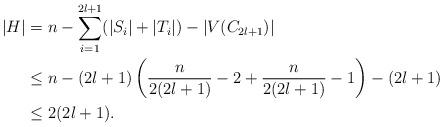
LaTeX: \begin{align*}|H|&=n- \sum\limits_{i=1}^{2l+1}(|S_i|+|T_i|)-|V(C_{2l+1})|\\&\leq n-(2l+1)\left( \frac{n}{2(2l+1)}-2+\frac{n}{2(2l+1)}-1\right)-(2l+1)\\&\leq 2(2l+1).\end{align*}